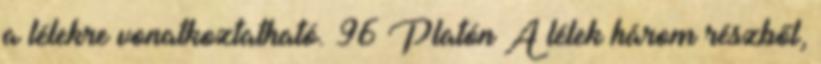
a lélekre vonatkoztatható. 96 Platón A lélek három részből,